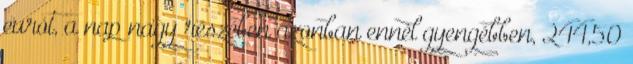
eurót, a nap nagy részében azonban ennél gyengébben, 244,50